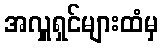
အလှူရှင်များထံမှ